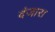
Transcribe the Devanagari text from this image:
वंजारा